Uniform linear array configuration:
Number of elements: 64
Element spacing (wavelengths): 0.75
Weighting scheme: hann
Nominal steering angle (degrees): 60
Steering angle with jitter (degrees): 59.673
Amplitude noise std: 0.05
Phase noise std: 0.05

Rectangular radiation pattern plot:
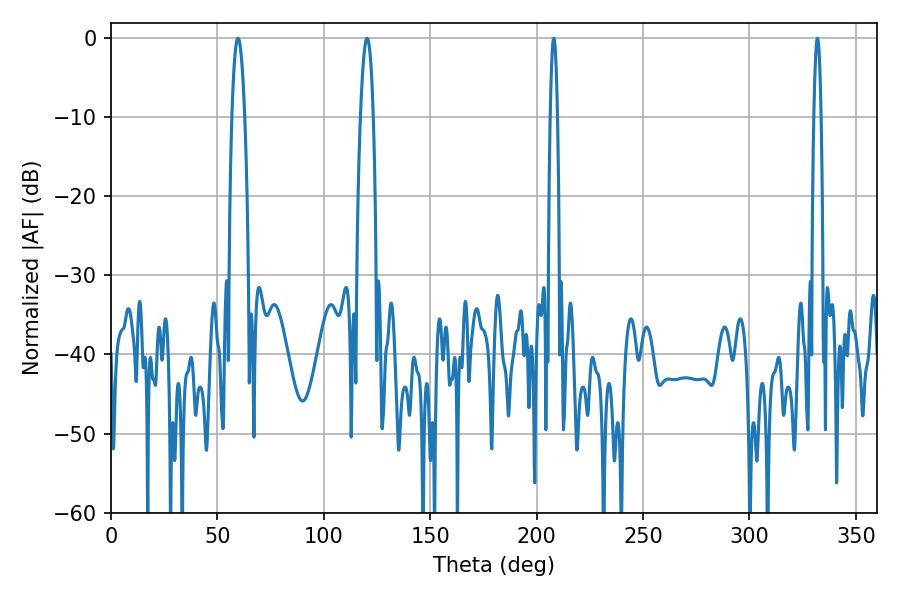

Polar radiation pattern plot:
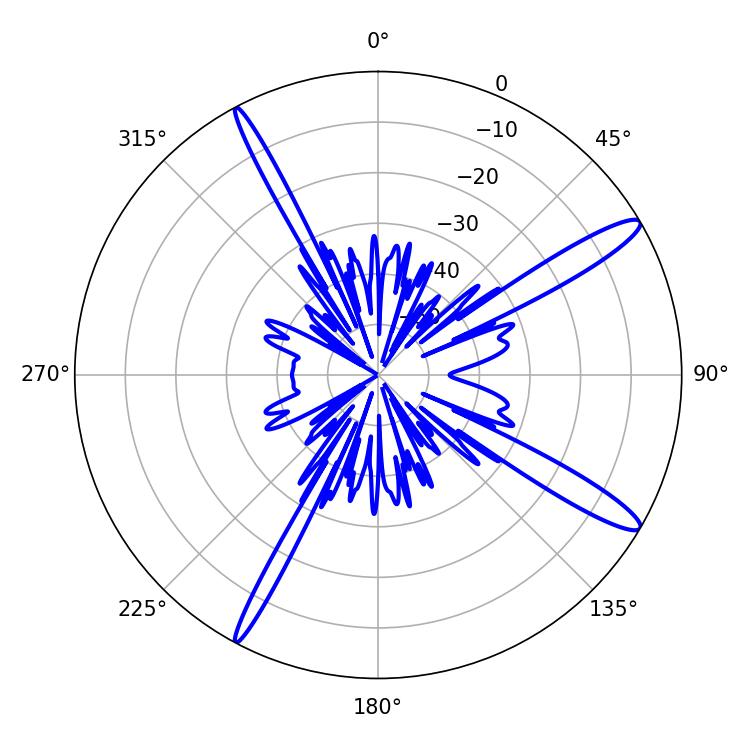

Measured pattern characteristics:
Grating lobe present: TRUE
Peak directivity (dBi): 14.243
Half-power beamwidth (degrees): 1.8
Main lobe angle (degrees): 208.08